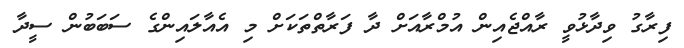
ފިރާގު ވިދާޅުވީ ރާއްޖެއިން އުމްރާއަށް ދާ ފަރާތްތަކަށް މި އެއާލައިންގެ ސަބަބުން ސީދާ